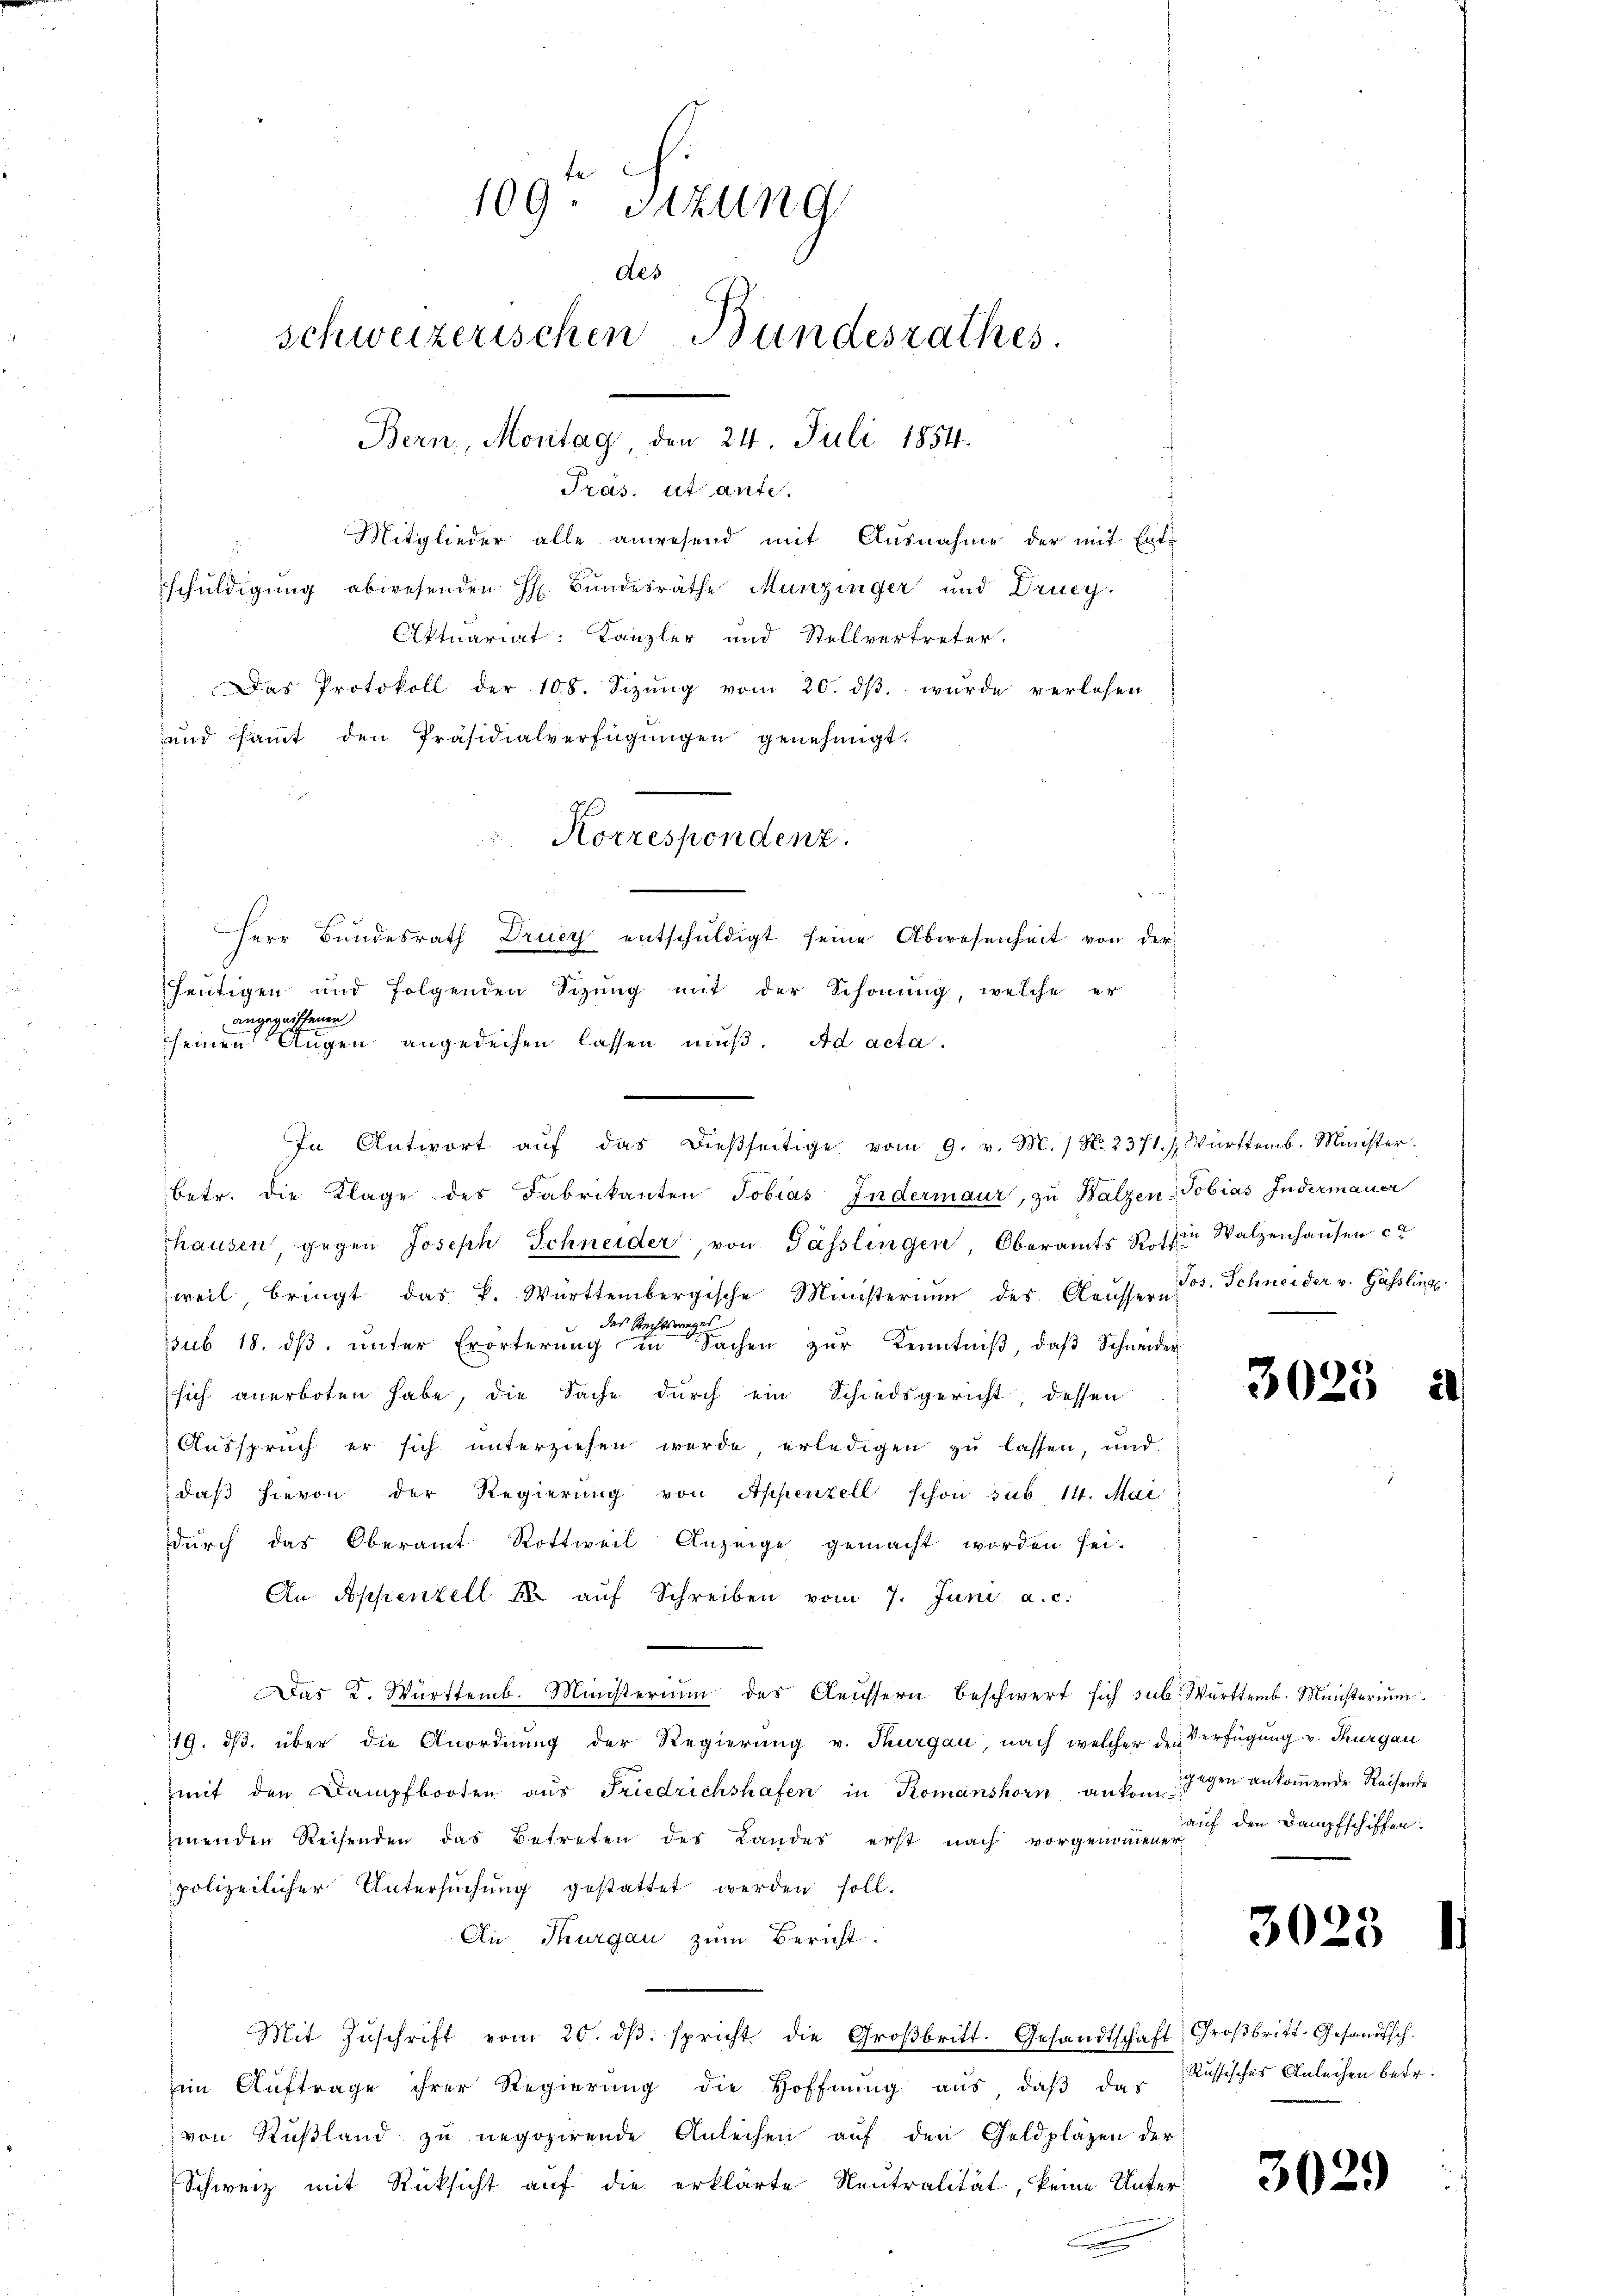
109. Sitzung
des
schweizerischen Bundesrathes.
Bern, Montag, den 24. Juli 1854.
Tras, ut ante.
Mitglieder alle anwesend mit Ausnahme der mit Ent-

schuldigung abwesenden H. Bundesräthe Munzinger und Drucy.
Aktuariat: Kanzler und Stellvertreter.
seinen Augen angedechen lassen muß. Ad acta.
betr. die Klage des Fabrikanten Tobias Indermaur, zu Balzen-Tobias Indermaner
hausen, gegen Joseph Schneider, von Gässlingen, Oberamts Kosten Walzenhausen ca
weil, bringt das P. Württembergische Ministerium des Aeussern
des Rechtsweges
sub 18. dβ ŭnter Erörterung in Sachen zur Kenntniβ, daß Schneider
sich anerboten habe, die Sache durch ein Schiedsgericht, dessen
Ausspruch er sich unterziehen werde erledigen zŭ lassen, und
daß hievon der Regierung von Appenzell schon sub 14. Mai
durch das Oberamt Rottweil Anzeige gemacht worden sei-
An Appenzell u aŭf Schreiben vom 7. Juni a. c.
Das K. Württemb. Ministerium des Aeussern beschwert sich sub. Württemb. Ministeriŭm
19. ds. über die Anordnung der Regierung v. Thurgau, nach welcher des Verfügung v. Thurgau
mit den Dampfbooten aus Friedrichshafen in Romanshorn ankom Gegen ankommende Reisende
menden Reisenden das Betreten des Landes erst nach vorgenommener
polizeilicher Untersuchung gestattet werden soll.
Au, Thurgau zum Bericht.
Mit Zŭschrift vom 20. dβ. spricht die Großbritt. Gesandtschaft
im Auftrage ihrer Regierung die Hoffnŭng aus, daβ das Russisches Anleihen betr.
von Rußland zu negozirende Anleihen auf den Geldpläzen der
Schweiz mit Rücksicht auf die erklärte Neutralität, keine Unter

Das Protokoll der 108. Sizŭng vom 20. dβ. wurde verlesen

und saṁt den Präsidialverfügŭngen genehmigt.
Korrespondenz.
Herr Bundesrath Drucy entschŭldigt seine Abwesenheit von der
heutigen und folgenden Schŭng mit der Schonung, welche er
angegriffenen

In Antwort aŭf das dießseitige vom 9. v. M. / N. 2371. Z. Württemb. Minister.

Jos. Schneider v. Gässling

3025

auf den Dampfschiffen:

3025

Großbritt. Gesandtsch.

302.

1